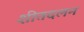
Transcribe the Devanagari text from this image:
शीतदलन